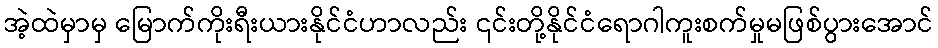
အဲ့ထဲမှာမှ မြောက်ကိုးရီးယားနိုင်ငံဟာလည်း ၎င်းတို့နိုင်ငံရောဂါကူးစက်မှုမဖြစ်ပွားအောင်